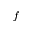
\bar { f }